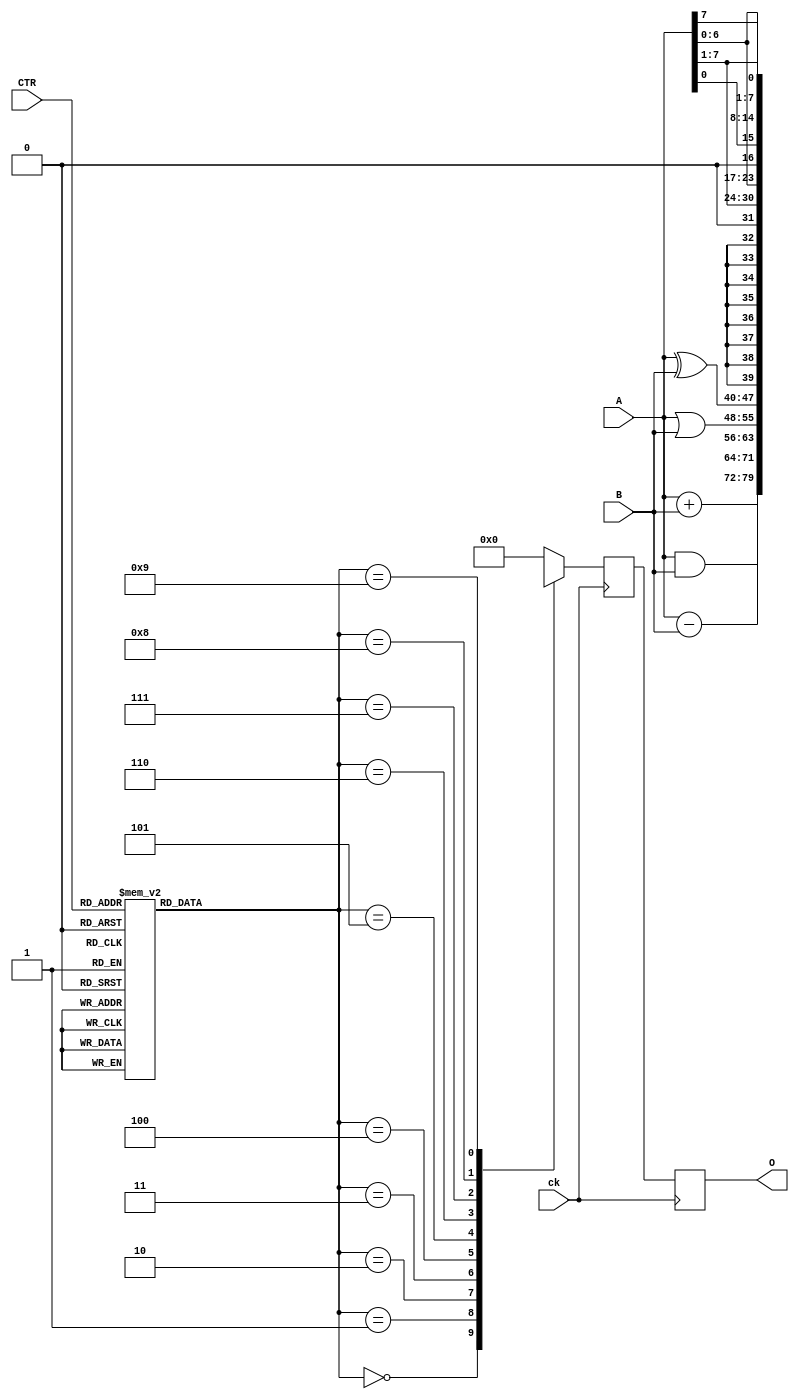
module alu(A,B,O,CTR,ck);
  input [7:0] A, B;
  input [3:0] CTR;
  input ck;
  output [7:0] O;
  reg [7:0] INA, INB, O;
  reg [3:0] C;
  wire [7:0] OUT;

  // Alu.hs:62:1-9
  reg [3:0] c$ds_app_arg;
  wire [7:0] c$case_alt;
  wire [7:0] c$case_alt_0;
  reg [7:0] result_1;
  // Alu.hs:54:1-3
  reg [7:0] acc = 8'b00000000;
  // Alu.hs:54:1-3
  wire [7:0] a;
  // Alu.hs:54:1-3
  wire [7:0] b;
  // Alu.hs:54:1-3
  wire [3:0] c;
  wire [19:0] eta2;

  assign eta2 = {A,   B,   CTR};

  always @(*) begin
    case(c)
      4'b0000 : c$ds_app_arg = 4'd0;
      4'b0001 : c$ds_app_arg = 4'd1;
      4'b1000 : c$ds_app_arg = 4'd2;
      4'b1001 : c$ds_app_arg = 4'd3;
      4'b1010 : c$ds_app_arg = 4'd4;
      4'b1011 : c$ds_app_arg = 4'd5;
      4'b1100 : c$ds_app_arg = 4'd6;
      4'b1101 : c$ds_app_arg = 4'd7;
      4'b1110 : c$ds_app_arg = 4'd8;
      4'b1111 : c$ds_app_arg = 4'd9;
      default : c$ds_app_arg = 4'd10;
    endcase
  end

  // rotateL begin
  wire [2*8-1:0] bv;
  assign bv = {a,a} << (64'sd1 % 8);
  assign c$case_alt = bv[2*8-1 : 8];
  // rotateL end

  // rotateR begin
  wire [2*8-1:0] bv_0;
  assign bv_0 = {a,a} >> (64'sd1 % 8);
  assign c$case_alt_0 = bv_0[8-1 : 0];
  // rotateR end

  always @(*) begin
    case(c$ds_app_arg)
      4'b0000 : result_1 = a + b;
      4'b0001 : result_1 = a - b;
      4'b0010 : result_1 = a & b;
      4'b0011 : result_1 = a | b;
      4'b0100 : result_1 = a ^ b;
      4'b0101 : result_1 = {8 {1'bx}};
      4'b0110 : result_1 = a >> 64'sd1;
      4'b0111 : result_1 = a << 64'sd1;
      4'b1000 : result_1 = c$case_alt_0;
      4'b1001 : result_1 = c$case_alt;
      default : result_1 = 8'b00000000;
    endcase
  end

  // register begin
  always @(posedge ck) begin : acc_register
    acc <= result_1;
    O <= OUT;
  end
  // register end

  assign a = eta2[19:12];

  assign b = eta2[11:4];

  assign c = eta2[3:0];

  assign OUT = acc;


endmodule